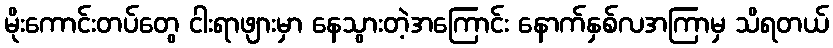
မိုးကောင်းတပ်တွေ ငါးရာဖျားမှာ နေသွားတဲ့အကြောင်း နောက်နှစ်လအကြာမှ သိရတယ်